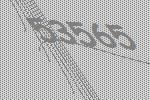
53565